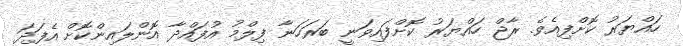
ހައްޔަރު ކޮށްފިއެވެ. ރާޖް ހައްޔަރު ކޮށްފައިވަނީ ބަރަހަނާ ފިލްމު އުފައްދާ އޮންލައިންކޮށް އެފަދަ